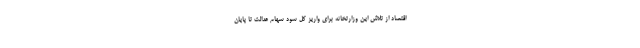
اقتصاد از تلاش این وزارتخانه برای واریز کل سود سهام عدالت تا پایان